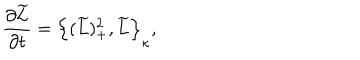
LaTeX: \frac { \partial \widetilde { L } } { \partial t } = \Big \{ ( \widetilde { L } ) _ { + } ^ { 2 } , \widetilde { L } \Big \} _ { \kappa } ,